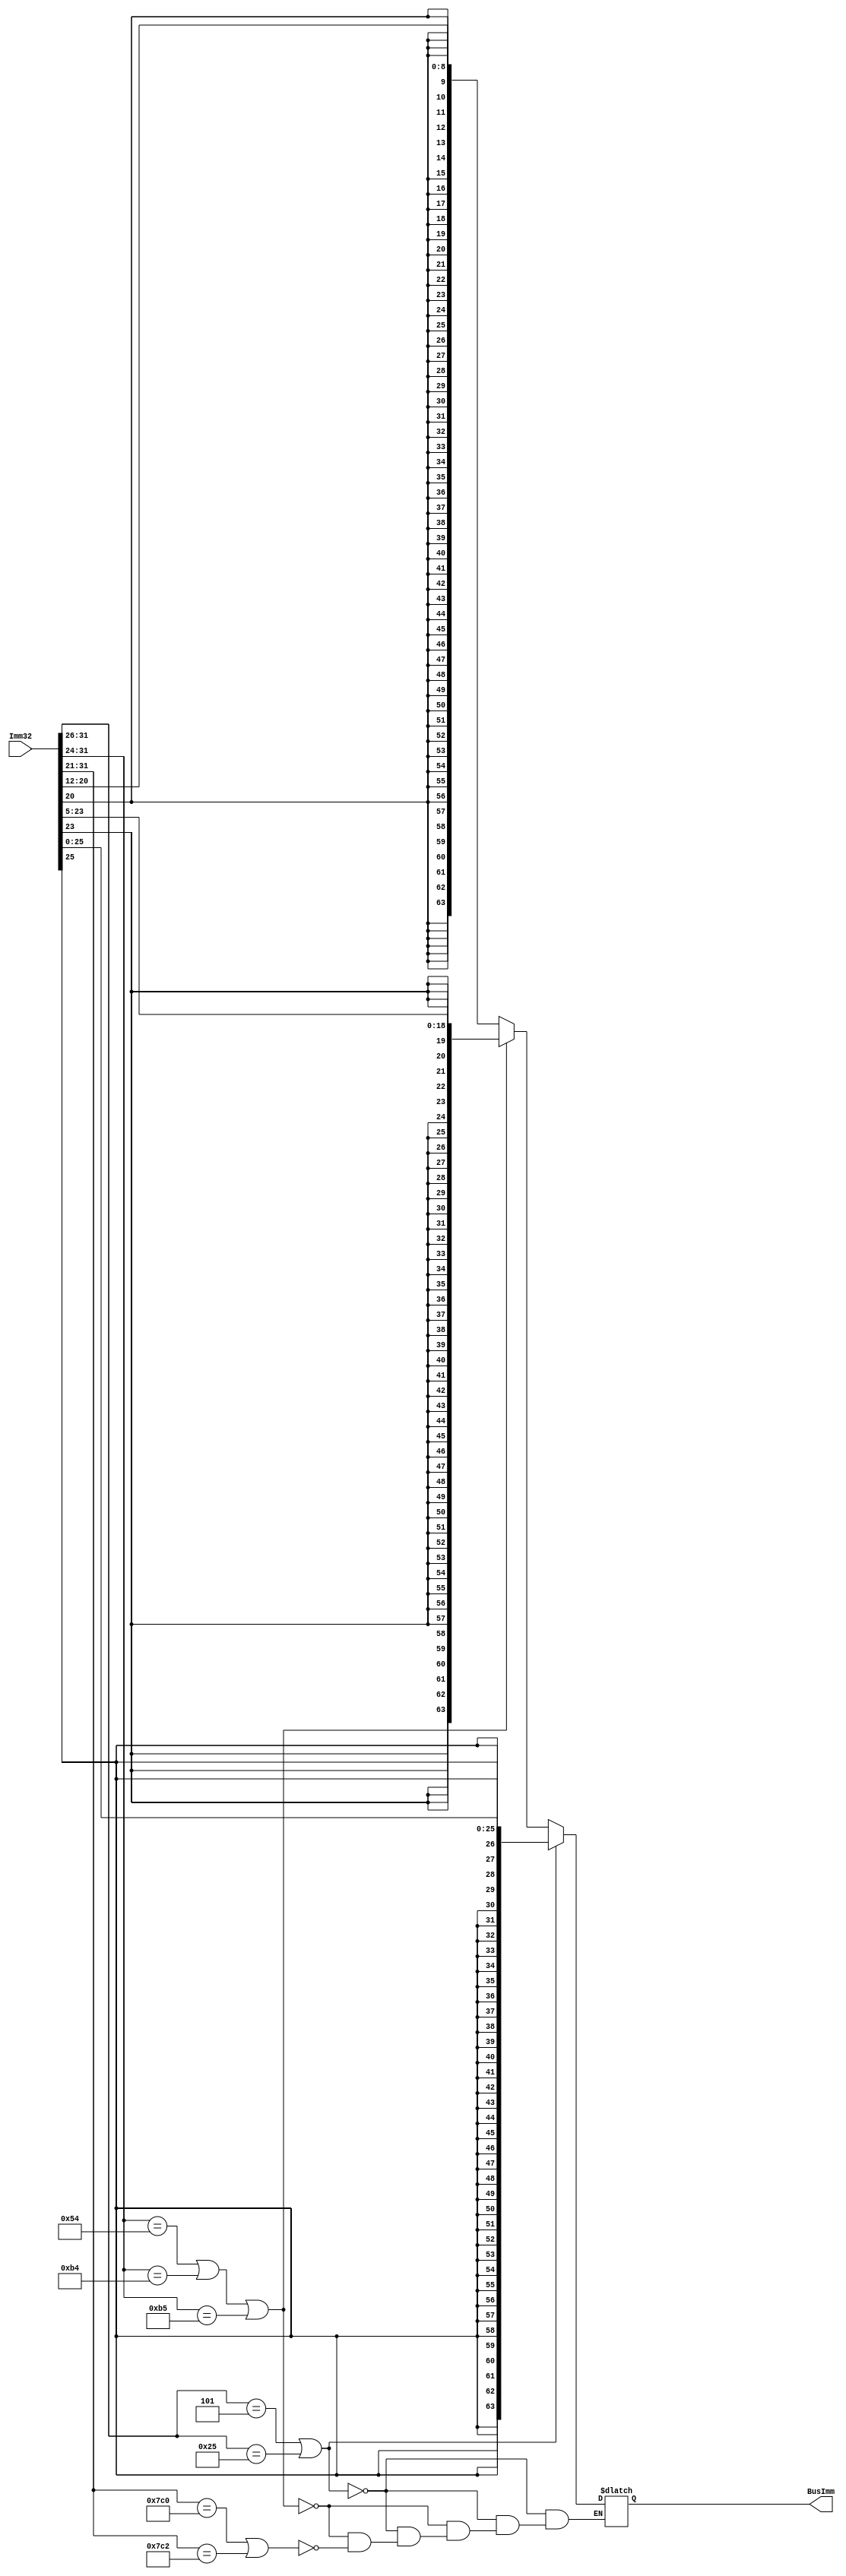
`timescale 1ns / 1ps
//////////////////////////////////////////////////////////////////////////////////
// Company: 
// Engineer: 
// 
// Design Name: 
// Module Name: SignExtender
// Project Name: 
// Target Devices: 
// Tool Versions: 
// Description: 
// 
// Dependencies: 
// 
// Revision:
// Revision 0.01 - File Created
// Additional Comments:
// 
//////////////////////////////////////////////////////////////////////////////////


module SignExtender(BusImm, Imm32); 
  output reg [63:0] BusImm; 
  input [31:0] Imm32;  

    always@ (*) begin
    if(Imm32[31:26] == 6'b000101 || Imm32[31:26] == 6'b100101)   
	   BusImm = {{38{Imm32[25]}} , Imm32[25:0]}; //extends the output to 64
    else if (Imm32[31:24] == 8'b01010100 || Imm32[31:24] == 8'b10110100 || Imm32[31:24] == 8'b10110101)
	   BusImm = {{45{Imm32[23]}}, Imm32[23:5]};
    else if (Imm32[31:21] == 11'b11111000000 || Imm32[31:21] == 11'b11111000010)
	   BusImm = {{55{Imm32[20]}}, Imm32[20:12]};   
    end

endmodule